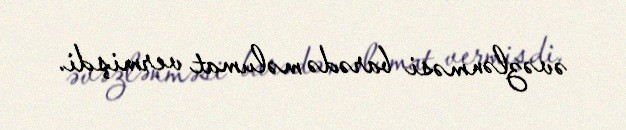
əvəzlənməsi barədə məlumat vermişdi.